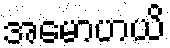
အမောဟယိ